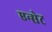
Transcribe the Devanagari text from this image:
एन्सेट